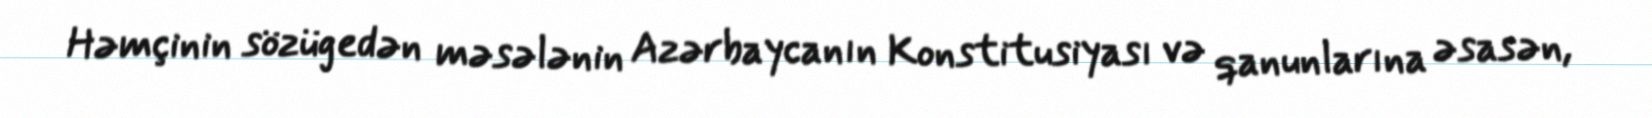
Həmçinin sözügedən məsələnin Azərbaycanın Konstitusiyası və qanunlarına əsasən,